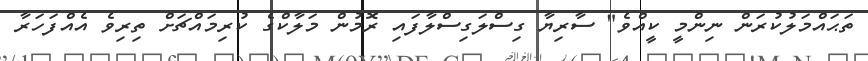
ތަޙައްމަލުކުރަން ނިންމީ ކީއްވެ" ސާރިޔާ ގިސްލަގިސްލާފައި ރޮމުން މަލާކްގެ ކުރިމައްޗަށް ތިރިވެ އެއްފަހަރާ